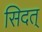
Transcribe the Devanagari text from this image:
सिदत्